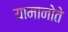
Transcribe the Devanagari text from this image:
यामानोते